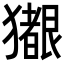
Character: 𪻊